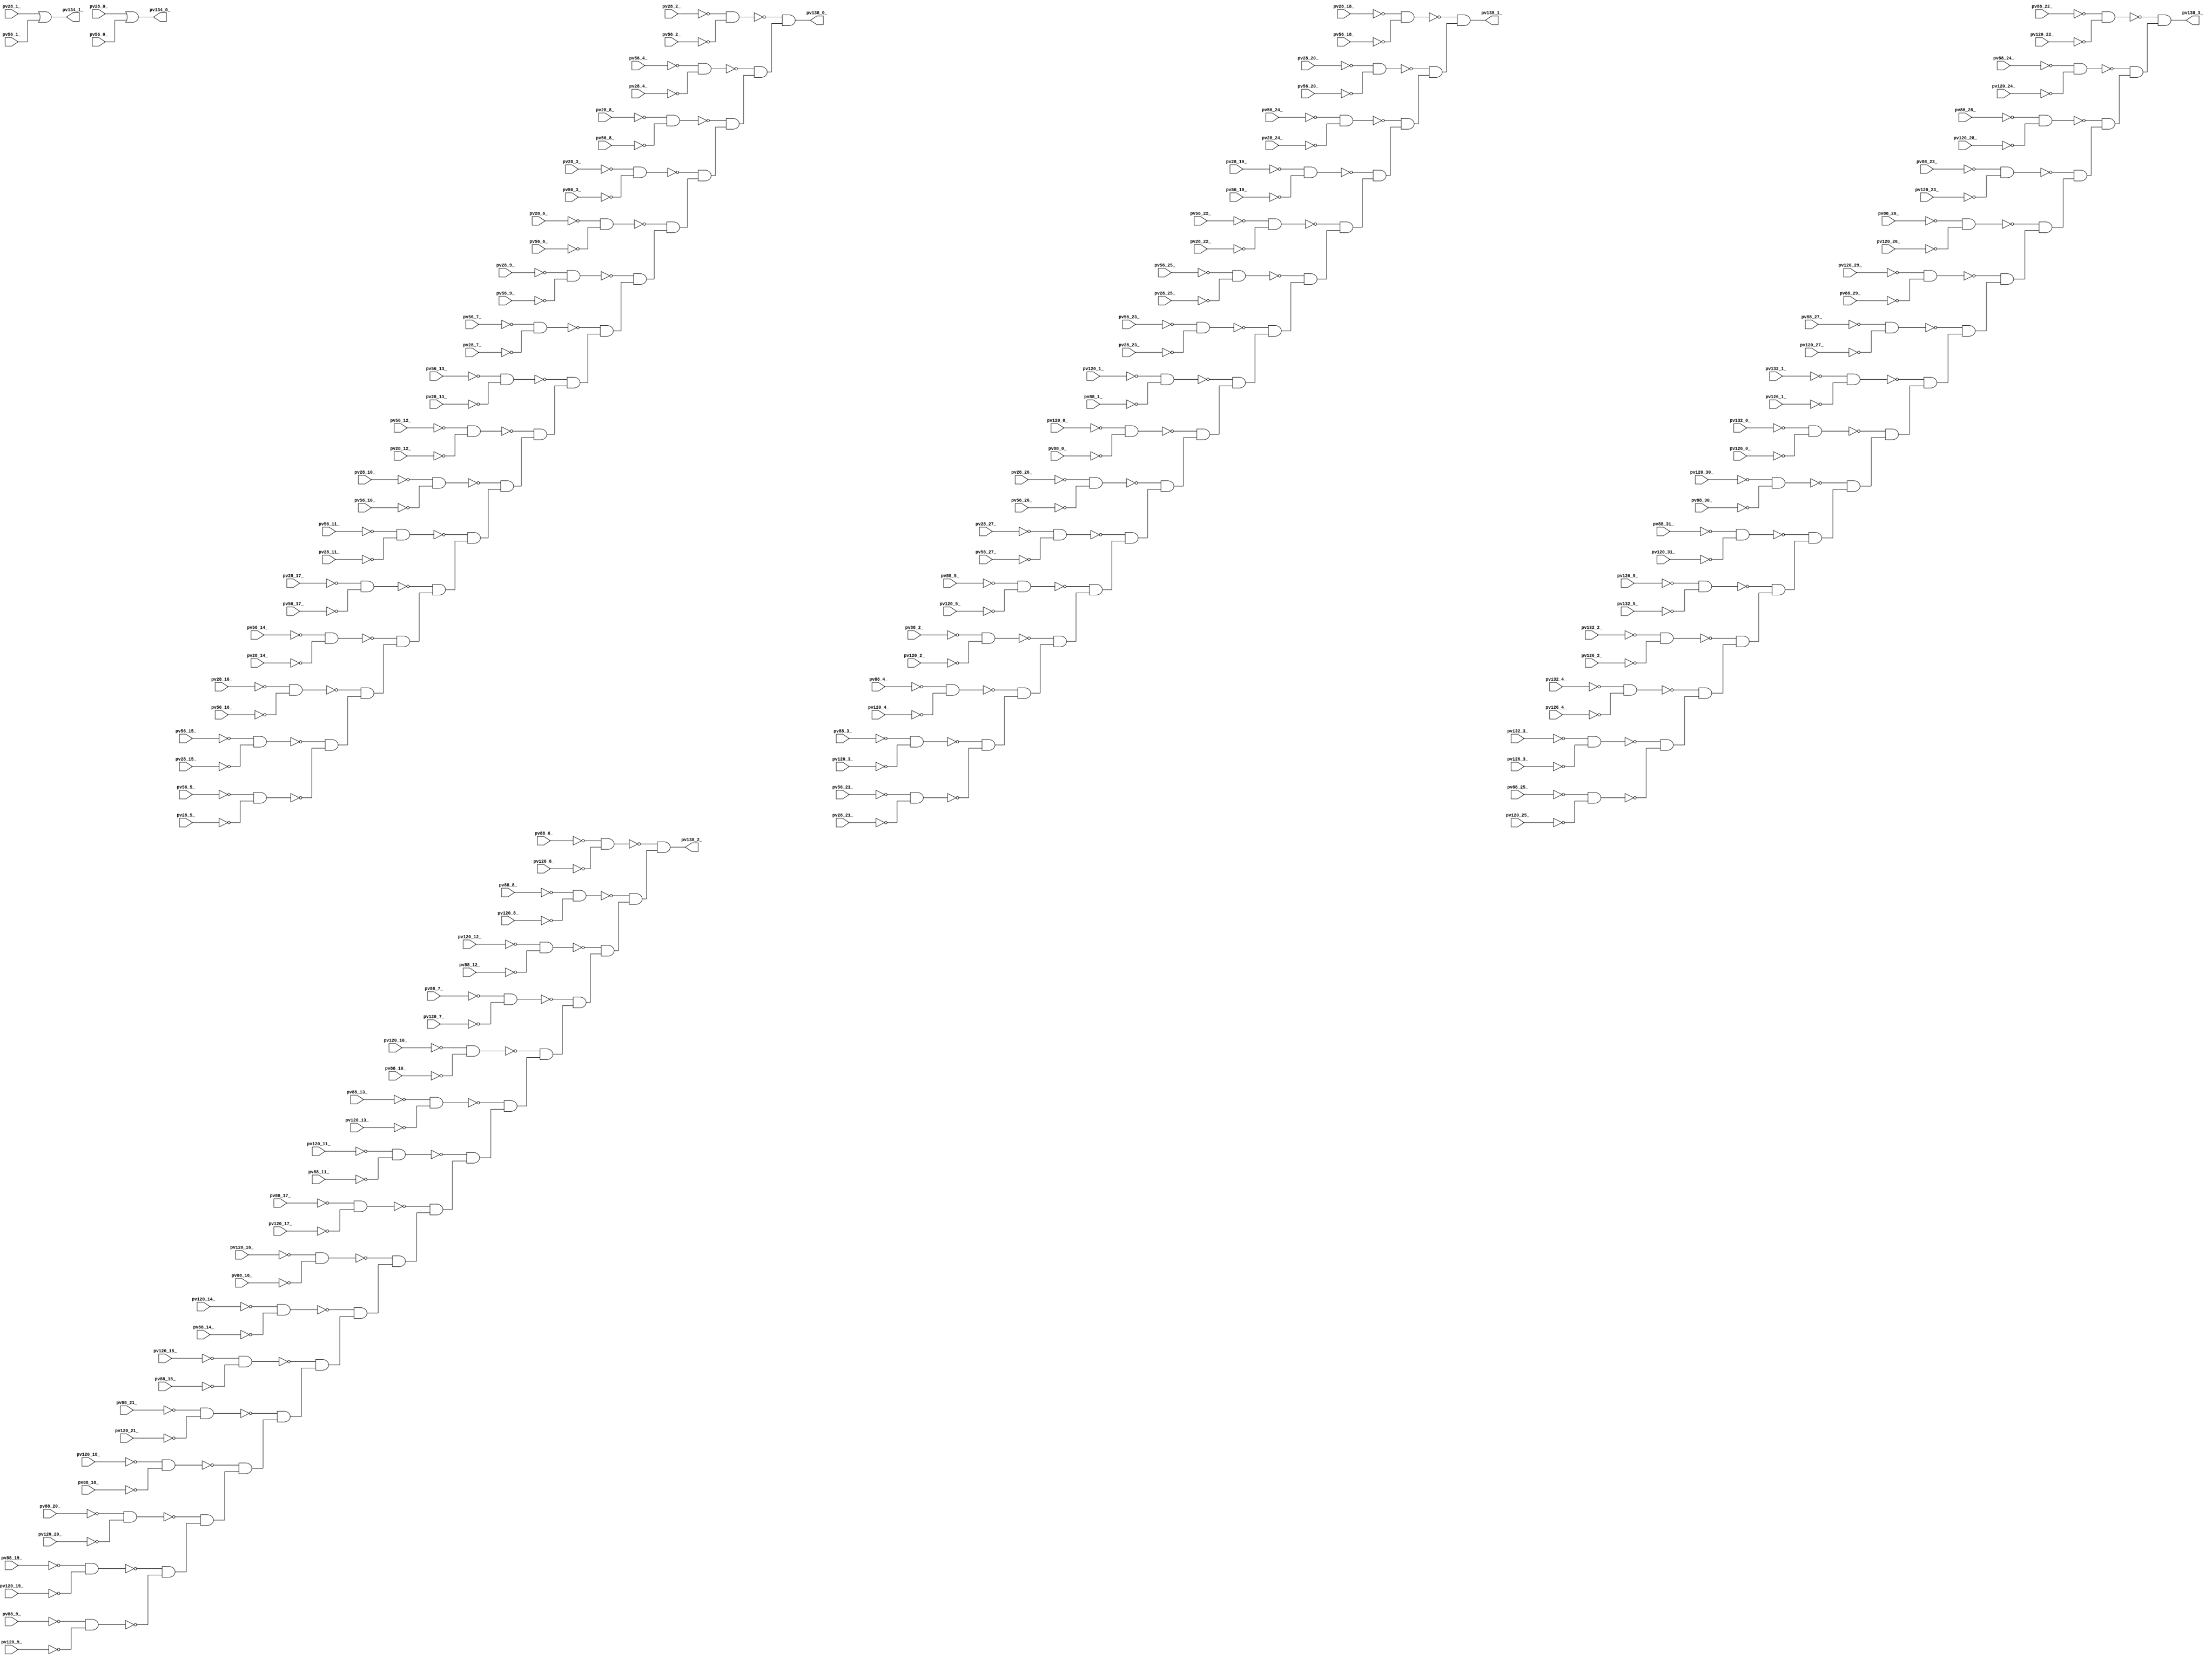
module top ( 
    pv28_20_, pv56_12_, pv56_23_, pv88_6_, pv88_19_, pv120_16_, pv120_29_,
    pv28_10_, pv56_13_, pv56_22_, pv88_7_, pv88_29_, pv120_15_, pv56_14_,
    pv56_25_, pv88_8_, pv88_17_, pv88_28_, pv120_18_, pv56_15_, pv56_24_,
    pv88_9_, pv88_18_, pv88_27_, pv120_17_, pv88_2_, pv88_15_, pv88_26_,
    pv120_12_, pv88_3_, pv88_16_, pv88_25_, pv120_11_, pv56_10_, pv56_21_,
    pv88_4_, pv88_13_, pv88_24_, pv120_14_, pv126_5_, pv56_11_, pv56_20_,
    pv88_5_, pv88_14_, pv88_23_, pv120_13_, pv28_8_, pv56_5_, pv88_11_,
    pv88_22_, pv120_5_, pv132_0_, pv28_9_, pv56_4_, pv88_12_, pv88_21_,
    pv120_6_, pv28_6_, pv56_7_, pv88_20_, pv120_3_, pv120_10_, pv28_7_,
    pv56_6_, pv88_10_, pv120_4_, pv28_4_, pv56_9_, pv120_1_, pv28_5_,
    pv56_8_, pv120_2_, pv28_2_, pv28_3_, pv120_0_, pv28_0_, pv28_1_,
    pv132_5_, pv56_1_, pv120_9_, pv120_30_, pv132_4_, pv56_0_, pv88_30_,
    pv132_3_, pv28_19_, pv56_3_, pv88_31_, pv120_7_, pv132_2_, pv56_2_,
    pv120_8_, pv120_20_, pv132_1_, pv28_17_, pv120_21_, pv126_3_, pv28_18_,
    pv28_27_, pv120_22_, pv126_4_, pv28_15_, pv28_26_, pv88_0_, pv120_23_,
    pv126_1_, pv28_16_, pv28_25_, pv88_1_, pv120_24_, pv120_31_, pv126_2_,
    pv28_13_, pv28_24_, pv56_16_, pv56_27_, pv120_25_, pv28_14_, pv28_23_,
    pv56_17_, pv56_26_, pv120_19_, pv120_26_, pv126_0_, pv28_11_, pv28_22_,
    pv56_18_, pv120_27_, pv28_12_, pv28_21_, pv56_19_, pv120_28_,
    pv138_3_, pv138_2_, pv138_1_, pv138_0_, pv134_1_, pv134_0_  );
  input  pv28_20_, pv56_12_, pv56_23_, pv88_6_, pv88_19_, pv120_16_,
    pv120_29_, pv28_10_, pv56_13_, pv56_22_, pv88_7_, pv88_29_, pv120_15_,
    pv56_14_, pv56_25_, pv88_8_, pv88_17_, pv88_28_, pv120_18_, pv56_15_,
    pv56_24_, pv88_9_, pv88_18_, pv88_27_, pv120_17_, pv88_2_, pv88_15_,
    pv88_26_, pv120_12_, pv88_3_, pv88_16_, pv88_25_, pv120_11_, pv56_10_,
    pv56_21_, pv88_4_, pv88_13_, pv88_24_, pv120_14_, pv126_5_, pv56_11_,
    pv56_20_, pv88_5_, pv88_14_, pv88_23_, pv120_13_, pv28_8_, pv56_5_,
    pv88_11_, pv88_22_, pv120_5_, pv132_0_, pv28_9_, pv56_4_, pv88_12_,
    pv88_21_, pv120_6_, pv28_6_, pv56_7_, pv88_20_, pv120_3_, pv120_10_,
    pv28_7_, pv56_6_, pv88_10_, pv120_4_, pv28_4_, pv56_9_, pv120_1_,
    pv28_5_, pv56_8_, pv120_2_, pv28_2_, pv28_3_, pv120_0_, pv28_0_,
    pv28_1_, pv132_5_, pv56_1_, pv120_9_, pv120_30_, pv132_4_, pv56_0_,
    pv88_30_, pv132_3_, pv28_19_, pv56_3_, pv88_31_, pv120_7_, pv132_2_,
    pv56_2_, pv120_8_, pv120_20_, pv132_1_, pv28_17_, pv120_21_, pv126_3_,
    pv28_18_, pv28_27_, pv120_22_, pv126_4_, pv28_15_, pv28_26_, pv88_0_,
    pv120_23_, pv126_1_, pv28_16_, pv28_25_, pv88_1_, pv120_24_, pv120_31_,
    pv126_2_, pv28_13_, pv28_24_, pv56_16_, pv56_27_, pv120_25_, pv28_14_,
    pv28_23_, pv56_17_, pv56_26_, pv120_19_, pv120_26_, pv126_0_, pv28_11_,
    pv28_22_, pv56_18_, pv120_27_, pv28_12_, pv28_21_, pv56_19_, pv120_28_;
  output pv138_3_, pv138_2_, pv138_1_, pv138_0_, pv134_1_, pv134_0_;
  wire new_n139_, new_n140_, new_n141_, new_n142_, new_n143_, new_n144_,
    new_n145_, new_n146_, new_n147_, new_n148_, new_n149_, new_n150_,
    new_n151_, new_n152_, new_n153_, new_n154_, new_n155_, new_n156_,
    new_n157_, new_n158_, new_n159_, new_n160_, new_n161_, new_n162_,
    new_n163_, new_n164_, new_n165_, new_n166_, new_n167_, new_n168_,
    new_n170_, new_n171_, new_n172_, new_n173_, new_n174_, new_n175_,
    new_n176_, new_n177_, new_n178_, new_n179_, new_n180_, new_n181_,
    new_n182_, new_n183_, new_n184_, new_n185_, new_n186_, new_n187_,
    new_n188_, new_n189_, new_n190_, new_n191_, new_n192_, new_n193_,
    new_n194_, new_n195_, new_n196_, new_n197_, new_n198_, new_n199_,
    new_n201_, new_n202_, new_n203_, new_n204_, new_n205_, new_n206_,
    new_n207_, new_n208_, new_n209_, new_n210_, new_n211_, new_n212_,
    new_n213_, new_n214_, new_n215_, new_n216_, new_n217_, new_n218_,
    new_n219_, new_n220_, new_n221_, new_n222_, new_n223_, new_n224_,
    new_n225_, new_n226_, new_n227_, new_n228_, new_n229_, new_n230_,
    new_n232_, new_n233_, new_n234_, new_n235_, new_n236_, new_n237_,
    new_n238_, new_n239_, new_n240_, new_n241_, new_n242_, new_n243_,
    new_n244_, new_n245_, new_n246_, new_n247_, new_n248_, new_n249_,
    new_n250_, new_n251_, new_n252_, new_n253_, new_n254_, new_n255_,
    new_n256_, new_n257_, new_n258_, new_n259_, new_n260_, new_n261_;
  assign new_n139_ = ~pv132_3_ & ~pv126_3_;
  assign new_n140_ = ~pv88_25_ & ~pv120_25_;
  assign new_n141_ = ~pv132_4_ & ~pv126_4_;
  assign new_n142_ = ~pv132_2_ & ~pv126_2_;
  assign new_n143_ = ~pv126_5_ & ~pv132_5_;
  assign new_n144_ = ~pv88_31_ & ~pv120_31_;
  assign new_n145_ = ~pv120_30_ & ~pv88_30_;
  assign new_n146_ = ~pv132_0_ & ~pv126_0_;
  assign new_n147_ = ~pv132_1_ & ~pv126_1_;
  assign new_n148_ = ~pv88_27_ & ~pv120_27_;
  assign new_n149_ = ~pv120_29_ & ~pv88_29_;
  assign new_n150_ = ~pv88_26_ & ~pv120_26_;
  assign new_n151_ = ~pv88_23_ & ~pv120_23_;
  assign new_n152_ = ~pv88_28_ & ~pv120_28_;
  assign new_n153_ = ~pv88_24_ & ~pv120_24_;
  assign new_n154_ = ~pv88_22_ & ~pv120_22_;
  assign new_n155_ = ~new_n139_ & ~new_n140_;
  assign new_n156_ = ~new_n141_ & new_n155_;
  assign new_n157_ = ~new_n142_ & new_n156_;
  assign new_n158_ = ~new_n143_ & new_n157_;
  assign new_n159_ = ~new_n144_ & new_n158_;
  assign new_n160_ = ~new_n145_ & new_n159_;
  assign new_n161_ = ~new_n146_ & new_n160_;
  assign new_n162_ = ~new_n147_ & new_n161_;
  assign new_n163_ = ~new_n148_ & new_n162_;
  assign new_n164_ = ~new_n149_ & new_n163_;
  assign new_n165_ = ~new_n150_ & new_n164_;
  assign new_n166_ = ~new_n151_ & new_n165_;
  assign new_n167_ = ~new_n152_ & new_n166_;
  assign new_n168_ = ~new_n153_ & new_n167_;
  assign pv138_3_ = ~new_n154_ & new_n168_;
  assign new_n170_ = ~pv88_19_ & ~pv120_19_;
  assign new_n171_ = ~pv88_9_ & ~pv120_9_;
  assign new_n172_ = ~pv88_20_ & ~pv120_20_;
  assign new_n173_ = ~pv120_18_ & ~pv88_18_;
  assign new_n174_ = ~pv88_21_ & ~pv120_21_;
  assign new_n175_ = ~pv120_15_ & ~pv88_15_;
  assign new_n176_ = ~pv120_14_ & ~pv88_14_;
  assign new_n177_ = ~pv120_16_ & ~pv88_16_;
  assign new_n178_ = ~pv88_17_ & ~pv120_17_;
  assign new_n179_ = ~pv120_11_ & ~pv88_11_;
  assign new_n180_ = ~pv88_13_ & ~pv120_13_;
  assign new_n181_ = ~pv120_10_ & ~pv88_10_;
  assign new_n182_ = ~pv88_7_ & ~pv120_7_;
  assign new_n183_ = ~pv120_12_ & ~pv88_12_;
  assign new_n184_ = ~pv88_8_ & ~pv120_8_;
  assign new_n185_ = ~pv88_6_ & ~pv120_6_;
  assign new_n186_ = ~new_n170_ & ~new_n171_;
  assign new_n187_ = ~new_n172_ & new_n186_;
  assign new_n188_ = ~new_n173_ & new_n187_;
  assign new_n189_ = ~new_n174_ & new_n188_;
  assign new_n190_ = ~new_n175_ & new_n189_;
  assign new_n191_ = ~new_n176_ & new_n190_;
  assign new_n192_ = ~new_n177_ & new_n191_;
  assign new_n193_ = ~new_n178_ & new_n192_;
  assign new_n194_ = ~new_n179_ & new_n193_;
  assign new_n195_ = ~new_n180_ & new_n194_;
  assign new_n196_ = ~new_n181_ & new_n195_;
  assign new_n197_ = ~new_n182_ & new_n196_;
  assign new_n198_ = ~new_n183_ & new_n197_;
  assign new_n199_ = ~new_n184_ & new_n198_;
  assign pv138_2_ = ~new_n185_ & new_n199_;
  assign new_n201_ = ~pv88_3_ & ~pv120_3_;
  assign new_n202_ = ~pv56_21_ & ~pv28_21_;
  assign new_n203_ = ~pv88_4_ & ~pv120_4_;
  assign new_n204_ = ~pv88_2_ & ~pv120_2_;
  assign new_n205_ = ~pv88_5_ & ~pv120_5_;
  assign new_n206_ = ~pv28_27_ & ~pv56_27_;
  assign new_n207_ = ~pv28_26_ & ~pv56_26_;
  assign new_n208_ = ~pv120_0_ & ~pv88_0_;
  assign new_n209_ = ~pv120_1_ & ~pv88_1_;
  assign new_n210_ = ~pv56_23_ & ~pv28_23_;
  assign new_n211_ = ~pv56_25_ & ~pv28_25_;
  assign new_n212_ = ~pv56_22_ & ~pv28_22_;
  assign new_n213_ = ~pv28_19_ & ~pv56_19_;
  assign new_n214_ = ~pv56_24_ & ~pv28_24_;
  assign new_n215_ = ~pv28_20_ & ~pv56_20_;
  assign new_n216_ = ~pv28_18_ & ~pv56_18_;
  assign new_n217_ = ~new_n201_ & ~new_n202_;
  assign new_n218_ = ~new_n203_ & new_n217_;
  assign new_n219_ = ~new_n204_ & new_n218_;
  assign new_n220_ = ~new_n205_ & new_n219_;
  assign new_n221_ = ~new_n206_ & new_n220_;
  assign new_n222_ = ~new_n207_ & new_n221_;
  assign new_n223_ = ~new_n208_ & new_n222_;
  assign new_n224_ = ~new_n209_ & new_n223_;
  assign new_n225_ = ~new_n210_ & new_n224_;
  assign new_n226_ = ~new_n211_ & new_n225_;
  assign new_n227_ = ~new_n212_ & new_n226_;
  assign new_n228_ = ~new_n213_ & new_n227_;
  assign new_n229_ = ~new_n214_ & new_n228_;
  assign new_n230_ = ~new_n215_ & new_n229_;
  assign pv138_1_ = ~new_n216_ & new_n230_;
  assign new_n232_ = ~pv56_15_ & ~pv28_15_;
  assign new_n233_ = ~pv56_5_ & ~pv28_5_;
  assign new_n234_ = ~pv28_16_ & ~pv56_16_;
  assign new_n235_ = ~pv56_14_ & ~pv28_14_;
  assign new_n236_ = ~pv28_17_ & ~pv56_17_;
  assign new_n237_ = ~pv56_11_ & ~pv28_11_;
  assign new_n238_ = ~pv28_10_ & ~pv56_10_;
  assign new_n239_ = ~pv56_12_ & ~pv28_12_;
  assign new_n240_ = ~pv56_13_ & ~pv28_13_;
  assign new_n241_ = ~pv56_7_ & ~pv28_7_;
  assign new_n242_ = ~pv28_9_ & ~pv56_9_;
  assign new_n243_ = ~pv28_6_ & ~pv56_6_;
  assign new_n244_ = ~pv28_3_ & ~pv56_3_;
  assign new_n245_ = ~pv28_8_ & ~pv56_8_;
  assign new_n246_ = ~pv56_4_ & ~pv28_4_;
  assign new_n247_ = ~pv28_2_ & ~pv56_2_;
  assign new_n248_ = ~new_n232_ & ~new_n233_;
  assign new_n249_ = ~new_n234_ & new_n248_;
  assign new_n250_ = ~new_n235_ & new_n249_;
  assign new_n251_ = ~new_n236_ & new_n250_;
  assign new_n252_ = ~new_n237_ & new_n251_;
  assign new_n253_ = ~new_n238_ & new_n252_;
  assign new_n254_ = ~new_n239_ & new_n253_;
  assign new_n255_ = ~new_n240_ & new_n254_;
  assign new_n256_ = ~new_n241_ & new_n255_;
  assign new_n257_ = ~new_n242_ & new_n256_;
  assign new_n258_ = ~new_n243_ & new_n257_;
  assign new_n259_ = ~new_n244_ & new_n258_;
  assign new_n260_ = ~new_n245_ & new_n259_;
  assign new_n261_ = ~new_n246_ & new_n260_;
  assign pv138_0_ = ~new_n247_ & new_n261_;
  assign pv134_1_ = pv28_1_ | pv56_1_;
  assign pv134_0_ = pv28_0_ | pv56_0_;
endmodule